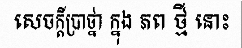
សេចក្តីប្រាថ្នា ក្នុង ភព ថ្មី នោះ